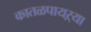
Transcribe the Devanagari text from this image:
कातळपायऱ्या